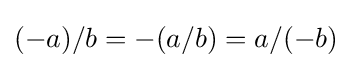
({-a})/b={-(a/b)}=a/({-b})